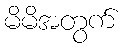
မိမိအတွက်